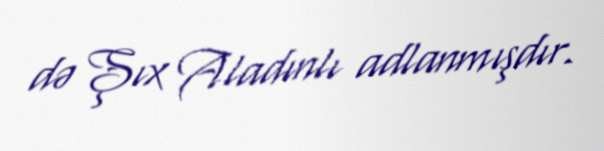
də Şıx Aladınlı adlanmışdır.